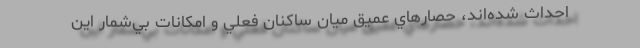
احداث شده‌اند، حصارهاي عميق ميان ساكنان فعلي و امكانات بي‌شمار اين